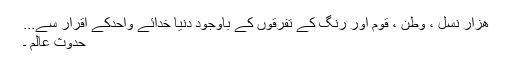
ھزار نسل ، وطن ، قوم اور رنگ کے تفرقوں کے باوجود دنيا خدائے واحدکے اقرار سے...
حدوث عالم ۔